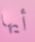
أيها